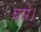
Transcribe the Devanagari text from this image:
बसेे।